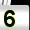
Digit: 5